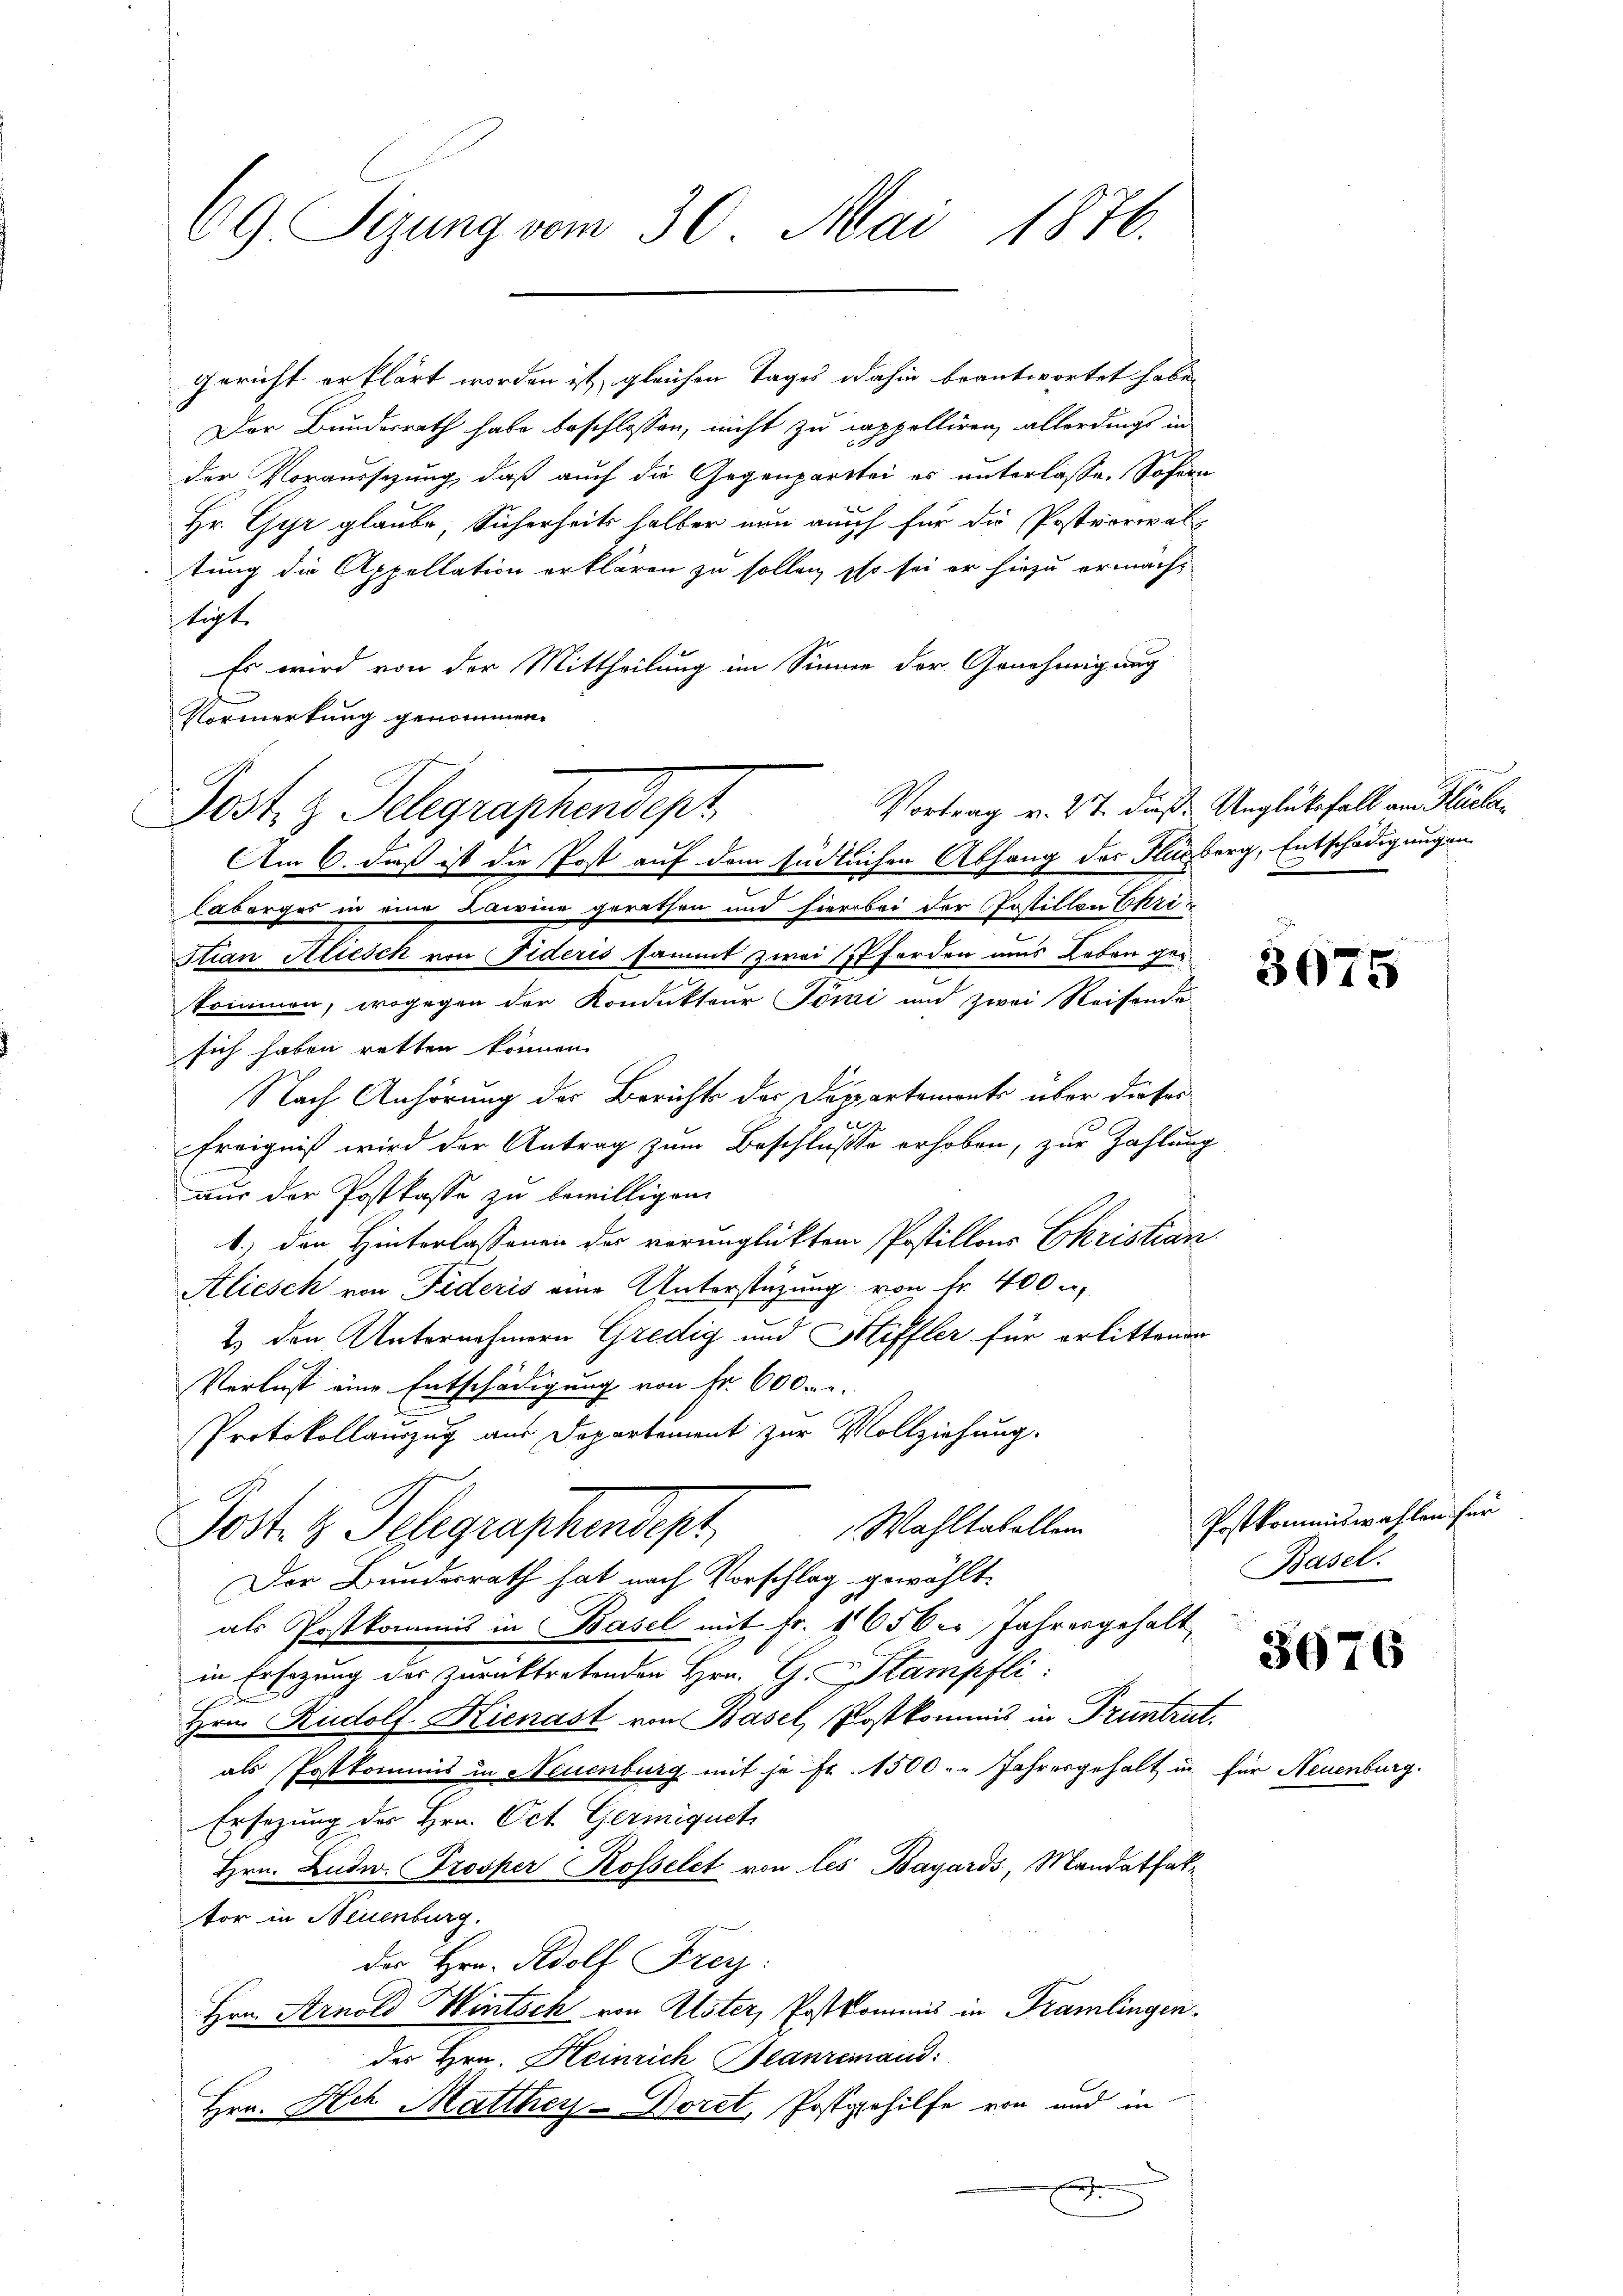
69 Sizung vom 30. Mai 1876.

Gericht erklärt worden ist, gleichen Tages dahin beantwortet habe,
Der Bundesrath habe beschlossen, nicht zu cappolliren, allerdings in
der Voraussezung, daß auch die Gegenpartei es unterlasse. Sofern
Hr. Gyr glaube Sicherheits halber nun auch für die Postvorwaltung die Appellation erklären zu sollen, so sei er hiezu ermächt
tigt.
Es wird von der Mittheilung im Sinne der Genehmigung
Vormerkung genommen.
Am 6. daß ist die Post auf dem Endlichen Abhang des Flugberg, Entschädigungen
laborges in eine Bairine gerathen und hier bei der Postillon Chri¬
Stian Attesch von Fideris sammt zwei forden uns Leben gekommen, wogegen der Kondukteur Föri und zwei Reisende
sich haben retten können.
Nach Anhörung der Berichts der Durpartements über dieses
ce
Ereigniß wird der Antrag zum Beschluße erhoben, zur Zahlung
aus der Postkasse zu bewilligen.
1.) den Hinterlassenen der verunglücktem Postillons Ekristian
Alicsch von Fideris eine Unterstüzung von Fr. 400 u
2.) Den Unternehmern Gredig und Stiffler für erlittenen
Verlust eine Entschädigung von Fr. 600
Protokollauszug aus Departement zur Vollziehung.
Wahltabellen
Jost 4 Schgraphendept.
Der Bundesrath hat nach Vorschlag gewählte
als Postkommis in Basel mit Fr. 1650er Jahresgehalt
in Ersezung des zurücktretenden Hrn. G. Stampfli
Hrn. Rudolf Hienast von Basel, (Postkommis in Truntrut.
als Postkommnis in Neuenburg mit je fr. 1500. Jahresgehalt in für Neuenburg.
Ersezung des Hrn. Oct. Germiquets
Hrn. Ludw. Trosker Rosselet von les Bayards, Mandatfaktor in Neuenburg.
der Hrn. Adolf Freyz:
Hrn. Arnold Wintsch von Alster, Postkommis in Tramlingendes Hrn. Heinrich Beanremand
Hrn. Ach Matthey-Dorel, Postgehilfe von und in
.

Jost z. Telegraphendept

Vortrag v. 27. dieß. Unglüksfall am Placker¬

3075

Postkommiswahlen für
Basel.

3676